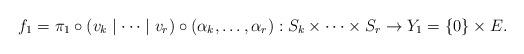
LaTeX: \begin{align*}f_1= \pi_1 \circ \left(v_k\mid \dots \mid v_r\right) \circ \left(\alpha_k,\dots, \alpha_r\right): S_k\times \dots \times S_r\to Y_1=\left\{0\right\} \times E.\end{align*}